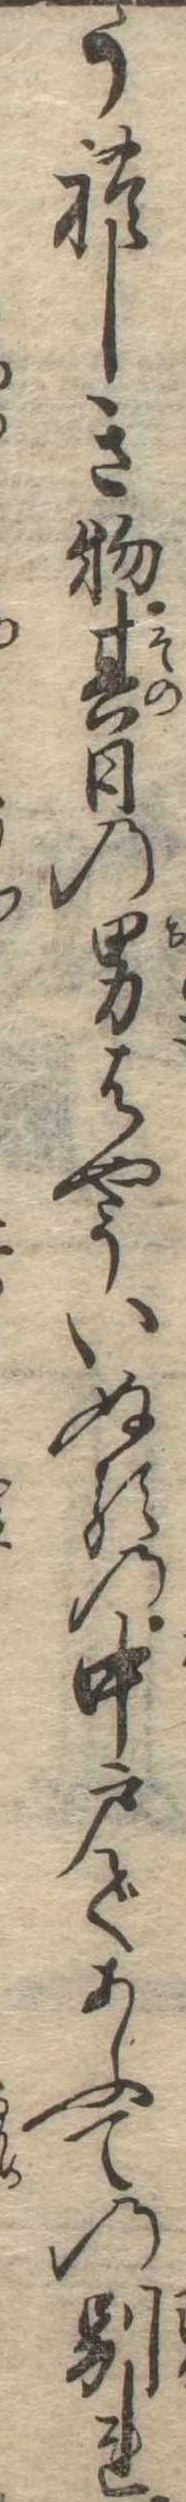
うれしき物其日の男はやういぬるの中戸であふての別れ